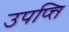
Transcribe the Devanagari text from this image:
उपप्त्ति